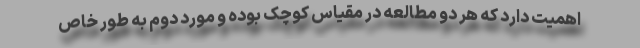
اهمیت دارد که هر دو مطالعه در مقیاس کوچک بوده و مورد دوم به طور خاص